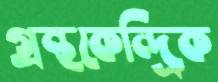
গ্রন্থকেন্দ্রিক